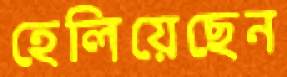
হেলিয়েছেন